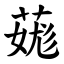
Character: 䓼